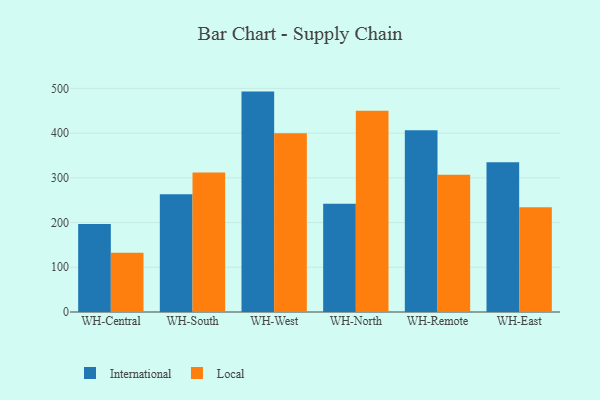
{"axis": {"x": "Warehouse", "y": "Energy Usage (MWh)"}, "legend": ["International", "Local"], "data": [{"x": "WH-Central", "y": 196.6, "type": "International"}, {"x": "WH-Central", "y": 132.2, "type": "Local"}, {"x": "WH-South", "y": 263.4, "type": "International"}, {"x": "WH-South", "y": 312.0, "type": "Local"}, {"x": "WH-West", "y": 492.8, "type": "International"}, {"x": "WH-West", "y": 399.6, "type": "Local"}, {"x": "WH-North", "y": 241.9, "type": "International"}, {"x": "WH-North", "y": 450.2, "type": "Local"}, {"x": "WH-Remote", "y": 406.5, "type": "International"}, {"x": "WH-Remote", "y": 306.7, "type": "Local"}, {"x": "WH-East", "y": 334.9, "type": "International"}, {"x": "WH-East", "y": 234.0, "type": "Local"}]}